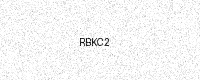
Text: RBKC2